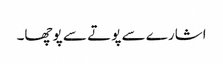
اشارے سے پوتے سے پوچھا۔